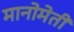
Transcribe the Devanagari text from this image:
मानोमेती